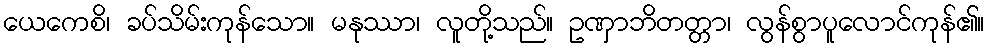
ယေကေစိ၊ ခပ်သိမ်းကုန်သော။ မနုဿာ၊ လူတို့သည်။ ဥဏှာဘိတတ္တာ၊ လွန်စွာပူလောင်ကုန်၏။